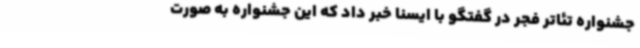
جشنواره تئاتر فجر در گفتگو با ایسنا خبر داد که این جشنواره به صورت